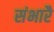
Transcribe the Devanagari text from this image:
संभारै